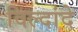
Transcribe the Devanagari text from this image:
विल्दांदे